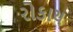
રોકાય